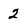
Character: 2